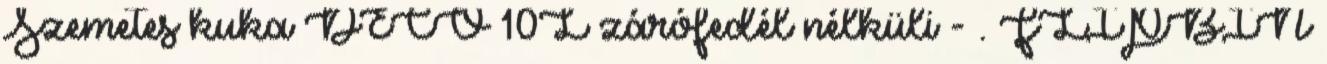
Szemetes kuka DECO 10L zárófedél nélküli - . FLIPBIN